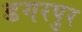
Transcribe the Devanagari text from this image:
डगरपुर